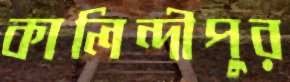
কালিন্দীপুর